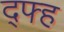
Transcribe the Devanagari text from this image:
द्फ्ह